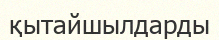
қытайшылдарды